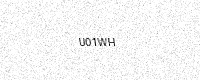
Text: U01WH